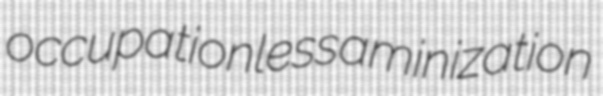
occupationless aminization